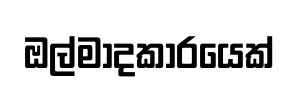
ඔල්මාදකාරයෙක්